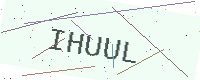
Text: IHUUL